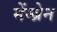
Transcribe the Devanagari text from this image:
मेंम्ब्रेन